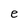
Character: I